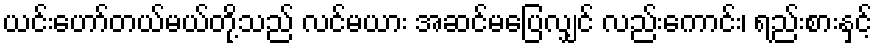
ယင်းဟော်တယ်မယ်တို့သည် လင်မယား အဆင်မပြေလျှင် လည်းကောင်း၊ ရည်းစားနှင့်